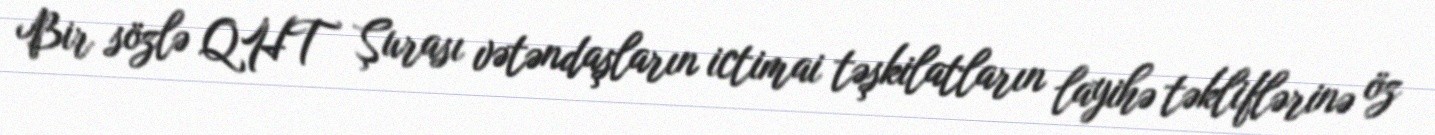
Bir sözlə QHT Şurası vətəndaşların ictimai təşkilatların layihə təkliflərinə öz